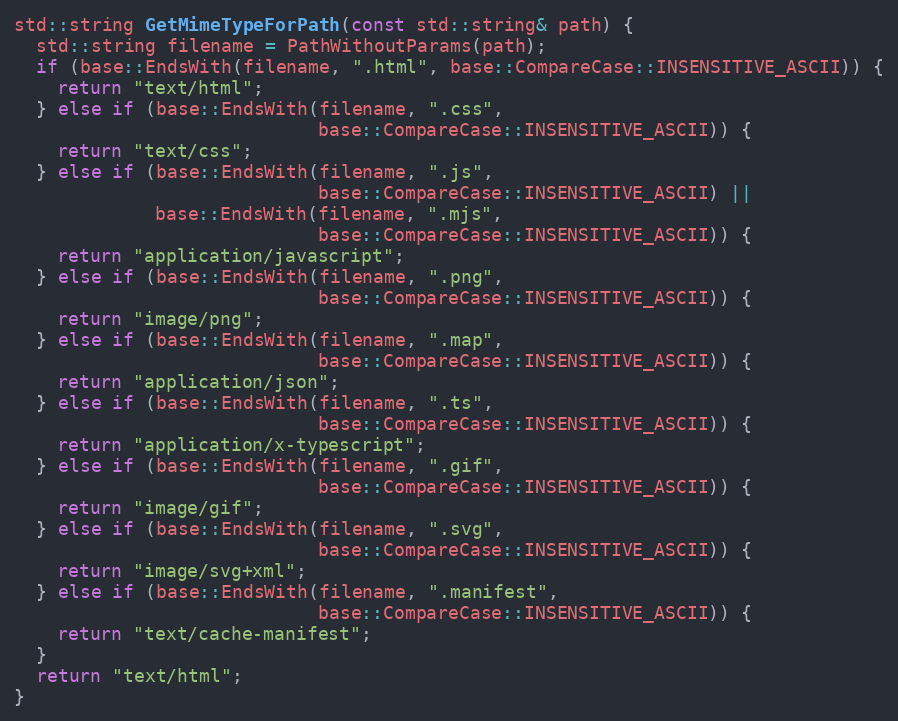
Language: C++
std::string GetMimeTypeForPath(const std::string& path) {
  std::string filename = PathWithoutParams(path);
  if (base::EndsWith(filename, ".html", base::CompareCase::INSENSITIVE_ASCII)) {
    return "text/html";
  } else if (base::EndsWith(filename, ".css",
                            base::CompareCase::INSENSITIVE_ASCII)) {
    return "text/css";
  } else if (base::EndsWith(filename, ".js",
                            base::CompareCase::INSENSITIVE_ASCII) ||
             base::EndsWith(filename, ".mjs",
                            base::CompareCase::INSENSITIVE_ASCII)) {
    return "application/javascript";
  } else if (base::EndsWith(filename, ".png",
                            base::CompareCase::INSENSITIVE_ASCII)) {
    return "image/png";
  } else if (base::EndsWith(filename, ".map",
                            base::CompareCase::INSENSITIVE_ASCII)) {
    return "application/json";
  } else if (base::EndsWith(filename, ".ts",
                            base::CompareCase::INSENSITIVE_ASCII)) {
    return "application/x-typescript";
  } else if (base::EndsWith(filename, ".gif",
                            base::CompareCase::INSENSITIVE_ASCII)) {
    return "image/gif";
  } else if (base::EndsWith(filename, ".svg",
                            base::CompareCase::INSENSITIVE_ASCII)) {
    return "image/svg+xml";
  } else if (base::EndsWith(filename, ".manifest",
                            base::CompareCase::INSENSITIVE_ASCII)) {
    return "text/cache-manifest";
  }
  return "text/html";
}